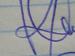
Signature authenticity: genuine